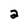
Character: 2